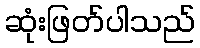
ဆုံးဖြတ်ပါသည်